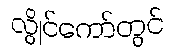
လွိုင်ကော်တွင်